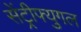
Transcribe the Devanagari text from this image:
सेंट्रीफ्युगल